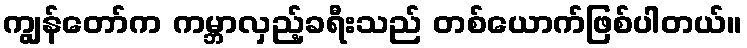
ကျွန်တော်က ကမ္ဘာလှည့်ခရီးသည် တစ်ယောက်ဖြစ်ပါတယ်။